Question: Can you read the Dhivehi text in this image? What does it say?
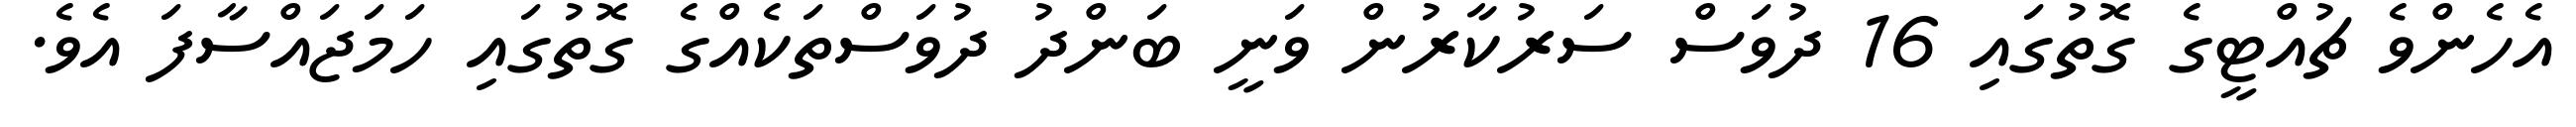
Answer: އެހެންވެ ޗުއްޓީގެ ގޮތުގައި 16 ދުވަސް ސަރުކާރުން ވަނީ ބަންދު ދުވަސްތަކެއްގެ ގޮތުގައި ހަމަޖައްސާފަ އެވެ.